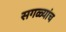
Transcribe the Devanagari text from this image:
सगळ्यांच